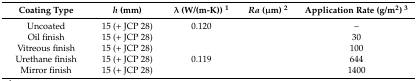
<table><thead><tr><td><b>Coating Type</b></td><td><b><i>h</i> (mm)</b></td><td><b>λ (W/(m-K)) <sup>1</sup></b></td><td><b><i>Ra</i> (μm) <sup>2</sup></b></td><td><b>Application Rate (g/m<sup>2</sup>) <sup>3</sup></b></td></tr></thead><tbody><tr><td>Uncoated</td><td>15 (+ JCP 28)</td><td>0.120</td><td>[EMPTY_CELL]</td><td>–</td></tr><tr><td>Oil finish</td><td>15 (+ JCP 28)</td><td>[EMPTY_CELL]</td><td>[EMPTY_CELL]</td><td>30</td></tr><tr><td>Vitreous finish</td><td>15 (+ JCP 28)</td><td>[EMPTY_CELL]</td><td>[EMPTY_CELL]</td><td>100</td></tr><tr><td>Urethane finish</td><td>15 (+ JCP 28)</td><td>0.119</td><td>[EMPTY_CELL]</td><td>644</td></tr><tr><td>Mirror finish</td><td>15 (+ JCP 28)</td><td>[EMPTY_CELL]</td><td>[EMPTY_CELL]</td><td>1400</td></tr></tbody></table>